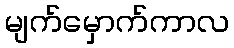
မျက်မှောက်ကာလ